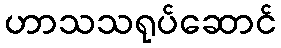
ဟာသသရုပ်ဆောင်